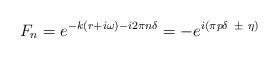
LaTeX: \begin{align*}F_n = e^{-k(r+i\omega ) -i2\pi n\delta} = - e^{i(\pi p\delta \ \pm\ \eta)}\end{align*}